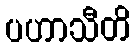
ပဟာသီတိ